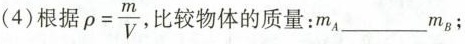
(4)根据 $$\rho= \frac{m}{V}$$ ，比较物体的质量：m_{A}___m_{B}；